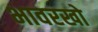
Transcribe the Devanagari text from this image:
भावरखो